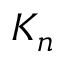
K _ { n }